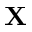
\mathbf { X }